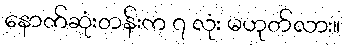
နောက်ဆုံးတန်းက ၇ လုံး မဟုတ်လား။